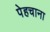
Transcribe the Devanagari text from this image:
पेहचाना